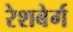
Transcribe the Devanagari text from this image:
रेशबेर्ग